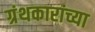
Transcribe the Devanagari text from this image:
ग्रंथकारांच्या